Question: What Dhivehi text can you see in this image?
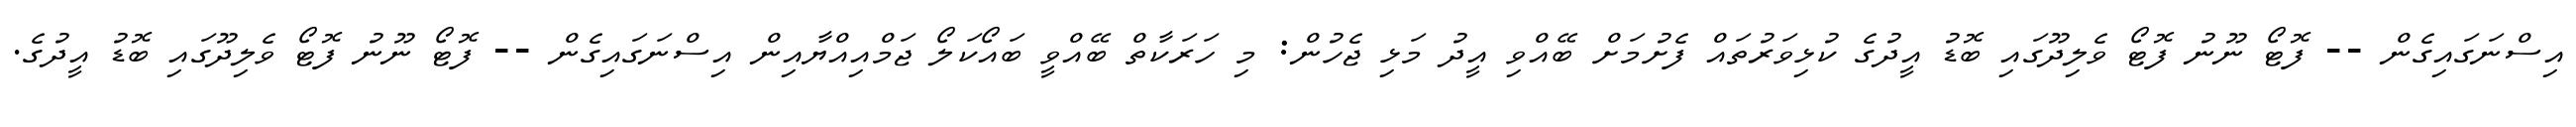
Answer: އިސްނަގައިގެން -- ފޮޓޯ ނޫނު ފޮޓޯ ވެލިދޫގައި ބޮޑު އީދުގެ ކުޅިވަރުތައް ފެށުމަށް ބޭއްވި އީދު މަޅި ޖެހުން: މި ހަރަކާތް ބޭއްވީ ބައޯކަލޯ ޖަމްއިއްޔާއިން އިސްނަގައިގެން -- ފޮޓޯ ނޫނު ފޮޓޯ ވެލިދޫގައި ބޮޑު އީދުގެ.